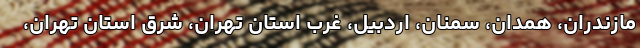
مازندران، همدان، سمنان، اردبیل، غرب استان تهران، شرق استان تهران،